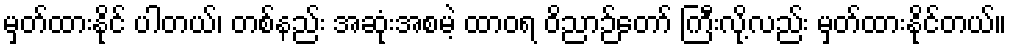
မှတ်ထားနိုင် ပါတယ်၊ တစ်နည်း အဆုံးအစမဲ့ ထာဝရ ဝိညာဉ်တော် ကြီးလို့လည်း မှတ်ထားနိုင်တယ်။